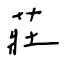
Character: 莊